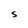
Character: S